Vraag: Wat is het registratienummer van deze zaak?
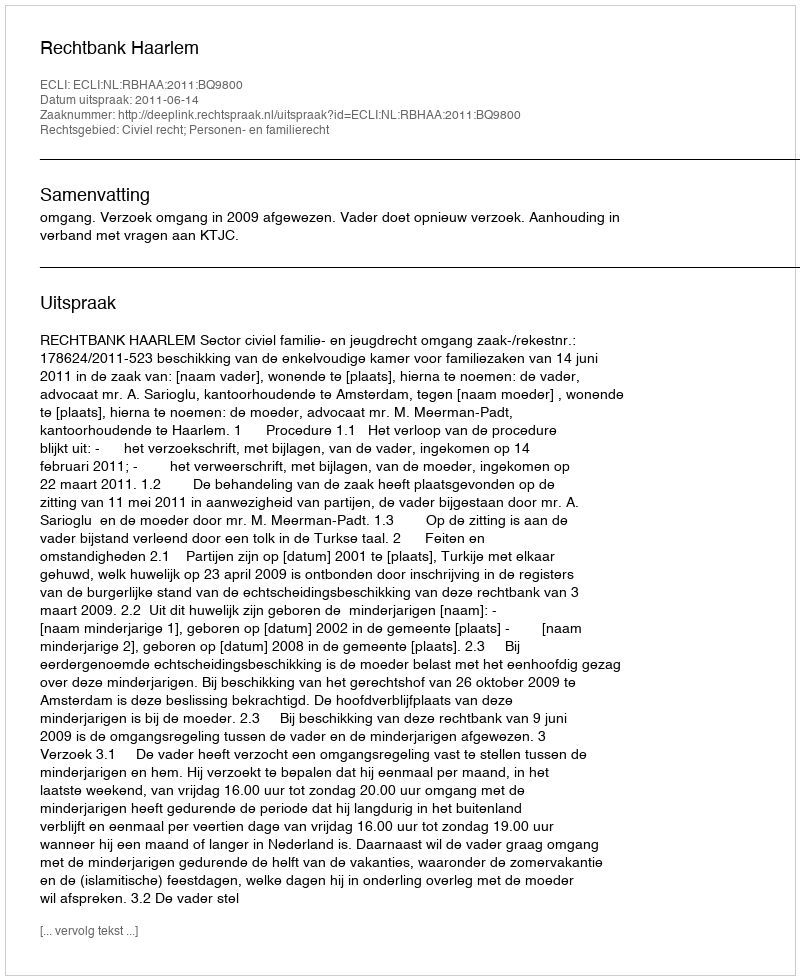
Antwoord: http://deeplink.rechtspraak.nl/uitspraak?id=ECLI:NL:RBHAA:2011:BQ9800